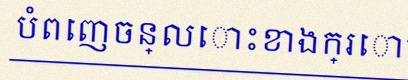
បំពេញចន្លោះខាងក្រោម